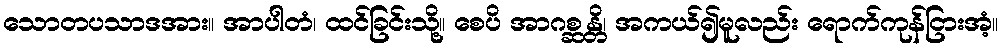
သောတပသာဒအား။ အာပါတံ၊ ထင်ခြင်းသို့။ စေပိ အာဂစ္ဆန္တိ၊ အကယ်၍မူလည်း ရောက်ကုန်ငြားအံ့။